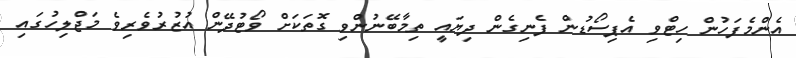
އެންމެފަހުން ހިޓްވި އެޕިސޯޑުން ފެނިގެން ދިޔައީ ތިމާބޭނުންވި ގޮތަކަށް ވޯޓުދޭން އުޒުރުވެރިވެ މަޖްލިހުގައި